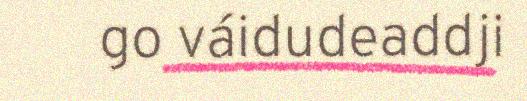
go váidudeaddji